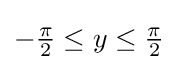
{\textstyle -{\frac {\pi }{2}}\leq y\leq {\frac {\pi }{2}}}